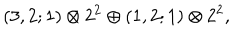
( 3 , 2 ; 1 ) \otimes 2 ^ { 2 } \oplus ( 1 , 2 ; 1 ) \otimes 2 ^ { 2 } ,